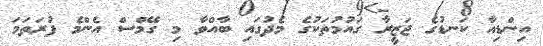
އިންޑިއާ ކަނޑުގެ ޖަޒީރާ ގައުމުތަކުގެ މެދުގައި ބާއްވާ މި ގޭމްސް އެންމެ ފުރަތަމަ